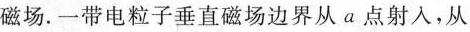
磁场。一带电粒子垂直磁场边界从a点射入，从